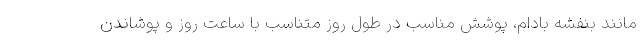
مانند بنفشه بادام، پوشش مناسب در طول روز متناسب با ساعت روز و پوشاندن